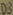
Text: D3